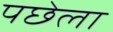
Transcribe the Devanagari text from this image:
पछेला